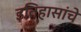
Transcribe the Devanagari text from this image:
इतिहासांचे